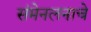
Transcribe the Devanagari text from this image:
संमेनलनाचे